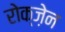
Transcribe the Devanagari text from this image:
रोक्ज़ेन